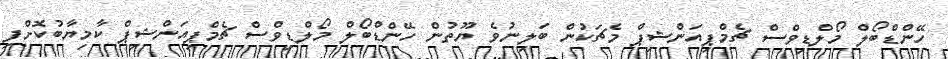
ހޭންޑްބޯލް މޯލްޑިވްސް ޗެމްޕިއަންޝިޕް މެޗަކުން ބަލިނުވެ ޔޫތުން ހޭންޑްބޯލް މޯލްޑިވްސް ޗެމްޕިއަންޝިޕް ކާމިޔާބުކޮށްފި